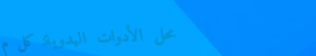
محل الأدوات اليدوية: كل م